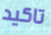
تاكيد